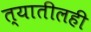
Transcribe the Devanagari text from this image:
त्यातीलही